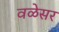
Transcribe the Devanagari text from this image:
वळेसर